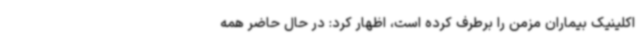
اکلینیک بیماران مزمن را برطرف کرده است، اظهار کرد: در حال حاضر همه